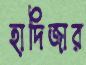
হাদিজার